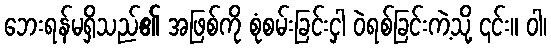
ဘေးရန်မရှိသည်၏ အဖြစ်ကို စုံစမ်းခြင်းငှါ ဝဲရစ်ခြင်းကဲ့သို့ ၎င်း။ ဝါ၊